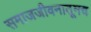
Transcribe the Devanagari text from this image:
समाजजीवनातूनच